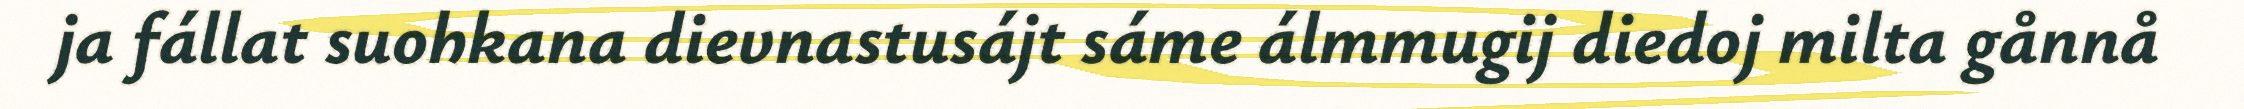
ja fállat suohkana dievnastusájt sáme álmmugij diedoj milta gånnå